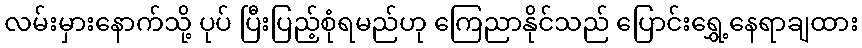
လမ်းမှားနောက်သို့ ပုပ် ပြီးပြည့်စုံရမည်ဟု ကြေညာနိုင်သည် ပြောင်းရွှေ့နေရာချထား